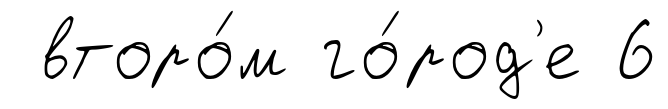
второ́м го́род'е 6